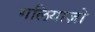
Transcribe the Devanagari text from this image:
गलियाज़ो